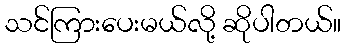
သင်ကြားပေးမယ်လို့ ဆိုပါတယ်။